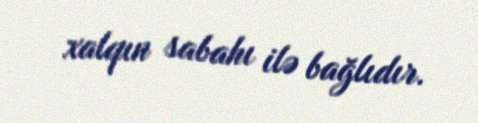
xalqın sabahı ilə bağlıdır.